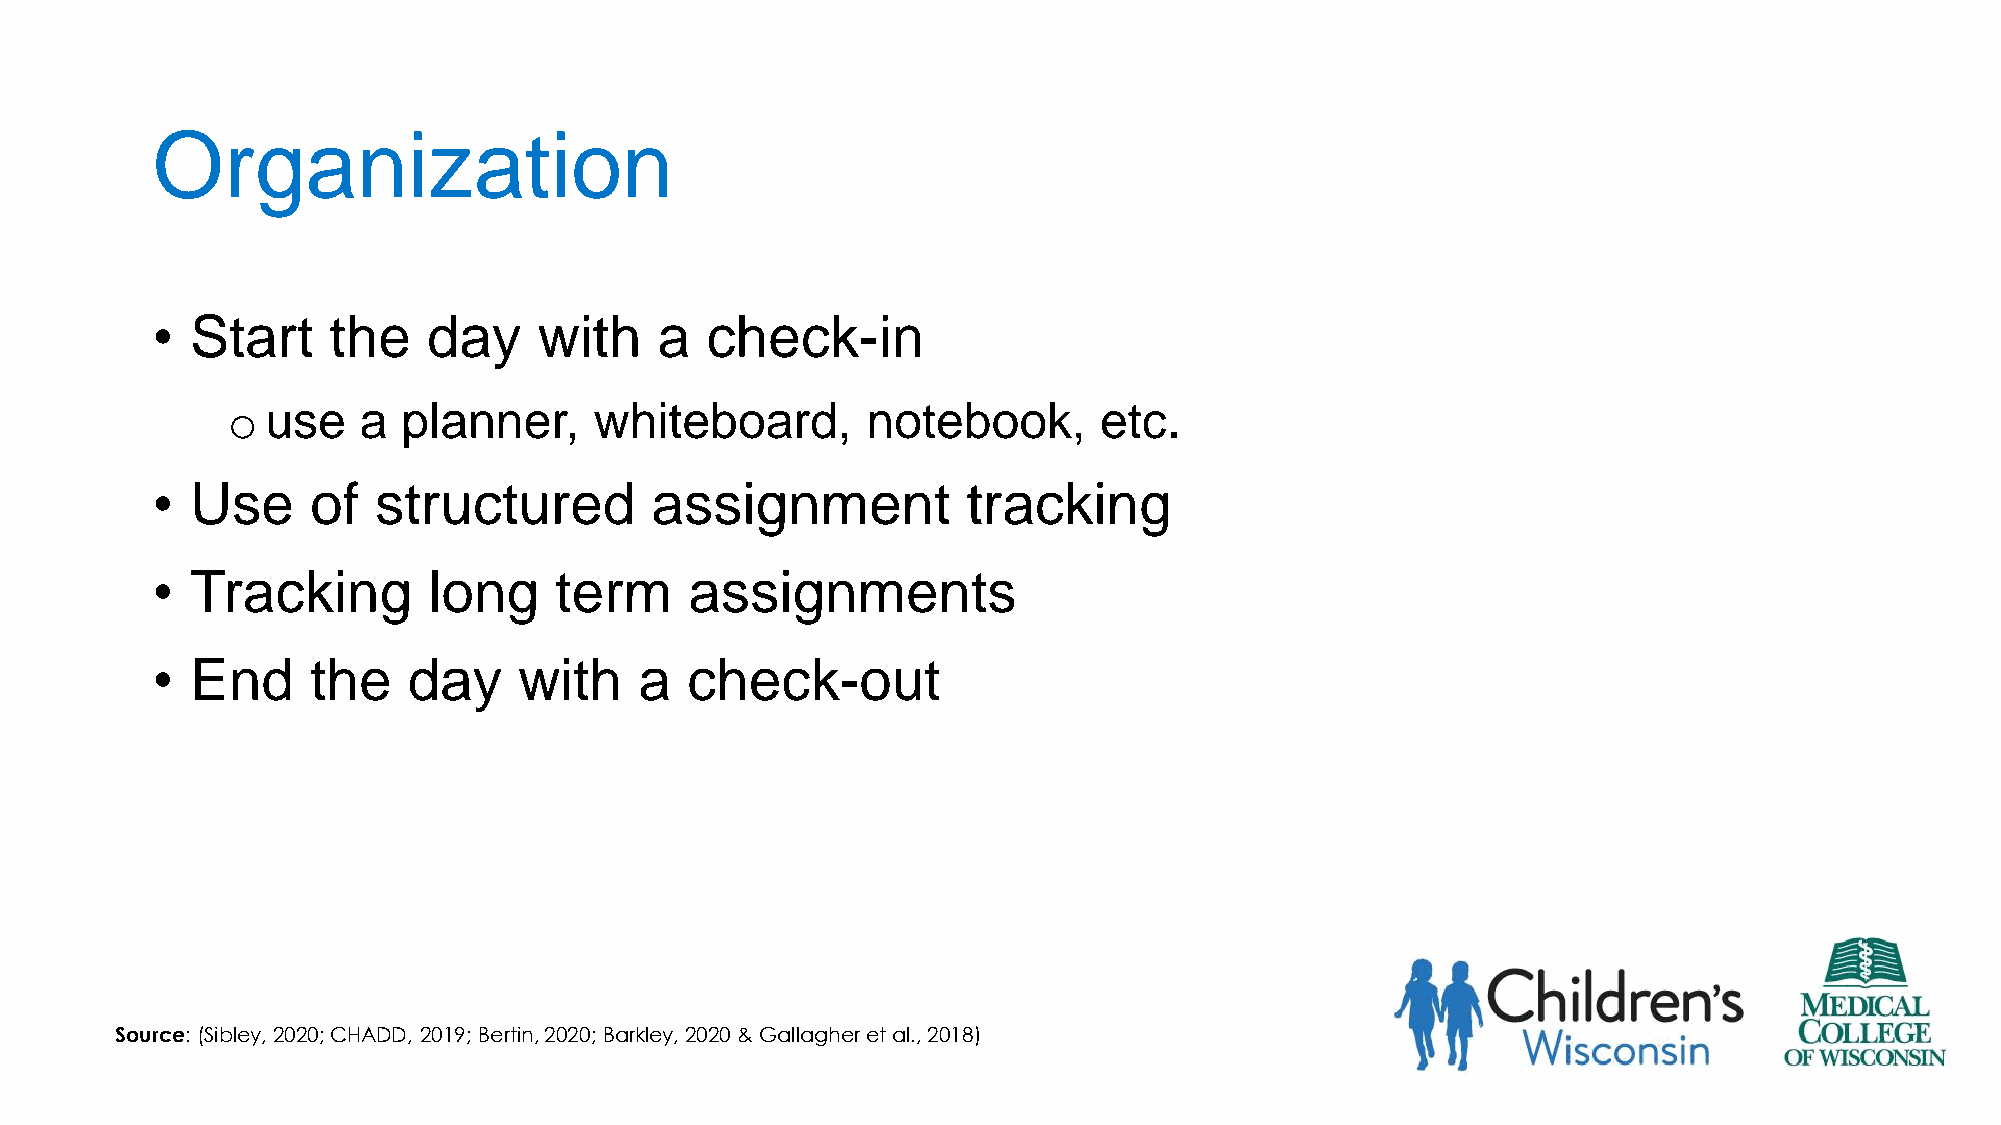
Organization
 •  Start    the   day     with    a  check-in
 o  use   a  planner,    whiteboard,       notebook,       etc.
 •  Use     of  structured        assignment           tracking
 •  Tracking       long     term     assignments
 •  End     the   day    with    a  check-out
 Source: (Sibley, 2020; CHADD, 2019; Bertin, 2020; Barkley, 2020 & Gallagher et al., 2018)